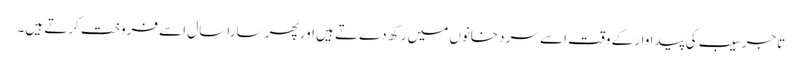
تاجر سیب کی پیدا وار کے وقت اسے سر دخانوں میں رکھ دےتے ہیں اور پھر سارا سال اسے فروخت کرتے ہیں۔